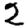
Digit: 2